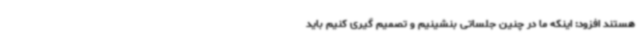
هستند افزود: اینکه ما در چنین جلساتی بنشینیم و تصمیم گیری کنیم باید